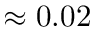
\approx 0 . 0 2